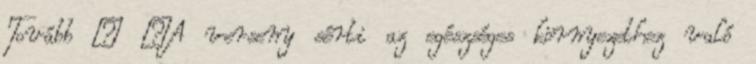
Tovább › ›A verseny sérti az egészséges környezethez való